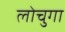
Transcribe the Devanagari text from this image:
लोचुगा